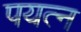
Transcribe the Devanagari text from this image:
पयत्न